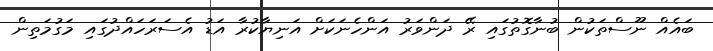
ބައެއް ނޫސްތަކުން ބުނާގޮތުގައި ރޭ ދަންވަރު އަންހެނަކަށް އަނިޔާކުރާ އަޑު އެސަރަހައްދުގައި މަގުމަތިން